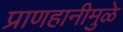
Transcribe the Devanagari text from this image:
प्राणहानीमुळे